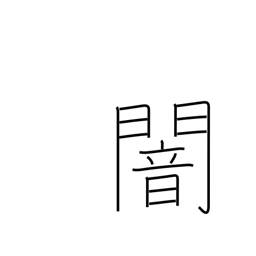
Meaning: gloom